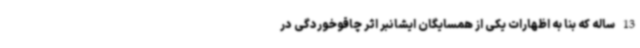
13 ساله که بنا به اظهارات یکی از همسایگان ایشانبر اثر چاقوخوردگی در